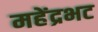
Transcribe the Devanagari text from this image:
महेंद्रभट